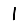
Digit: 1